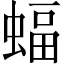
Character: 蝠